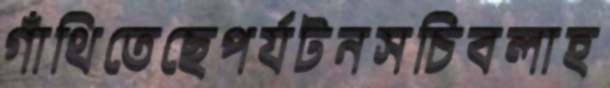
গাঁথিতেছেপর্যটনসচিবলাহ